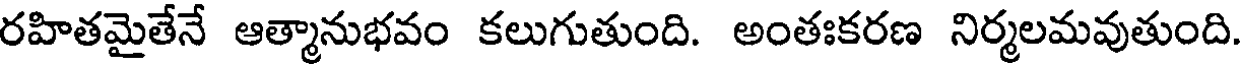
రహితమైతేనే ఆత్మానుభవం కలుగుతుంది. అంతఃకరణ నిర్మలమవుతుంది